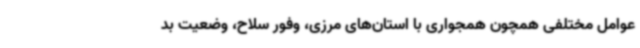
عوامل مختلفی همچون همجواری با استان‌های مرزی، وفور سلاح، وضعیت بد